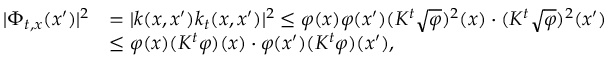
\begin{array} { r l } { | \Phi _ { t , x } ( x ^ { \prime } ) | ^ { 2 } } & { = | k ( x , x ^ { \prime } ) k _ { t } ( x , x ^ { \prime } ) | ^ { 2 } \le \varphi ( x ) \varphi ( x ^ { \prime } ) ( K ^ { t } \sqrt { \varphi } ) ^ { 2 } ( x ) \cdot ( K ^ { t } \sqrt { \varphi } ) ^ { 2 } ( x ^ { \prime } ) } \\ & { \le \varphi ( x ) ( K ^ { t } \varphi ) ( x ) \cdot \varphi ( x ^ { \prime } ) ( K ^ { t } \varphi ) ( x ^ { \prime } ) , } \end{array}